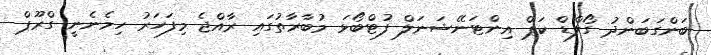
ބަންގަބަންދު ގޯލްޑް ކަޕް އިންޓަނޭޝަނަލް ފުޓްބޯޅަ މުބާރާތުގައި ރާއްޖެ މިފަހަރު ހިމެނެނީ ގްރޫޕް